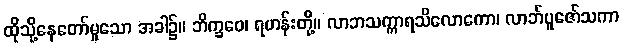
ထိုသို့နေတော်မူသော အခါ၌။ ဘိက္ခဝေ၊ ရဟန်းတို့။ လာဘသက္ကာရသိလောကော၊ လာဘ်ပူဇော်သကာ